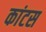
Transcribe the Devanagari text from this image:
कांटस